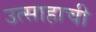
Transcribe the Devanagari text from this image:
उत्साहाची